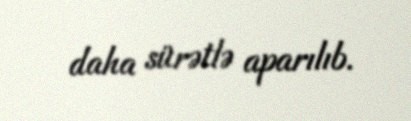
daha sürətlə aparılıb.